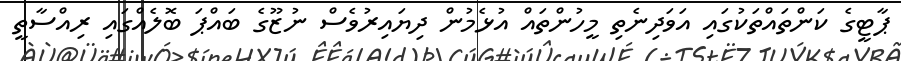
ޕާޓީގެ ކަންތައްތަކުގައި އަވަދިނެތި މީހުންތައް އުޅެމުން ދިޔައިރުވެސް ނުޒޫގެ ބައްޕަ ބޮލެއްގައި ރިއްސާތީ